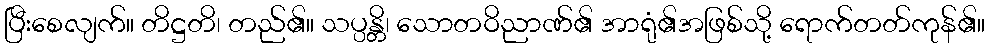
ပြီးစေလျက်။ တိဋ္ဌတိ၊ တည်၏။ သပ္ပန္တိ၊ သောတဝိညာဏ်၏ အာရုံ၏အဖြစ်သို့ ရောက်တတ်ကုန်၏။